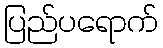
ပြည်ပရောက်